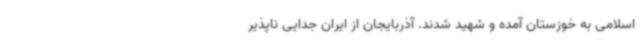
اسلامی به خوزستان آمده و شهید شدند. آذربایجان از ایران جدایی ناپذیر